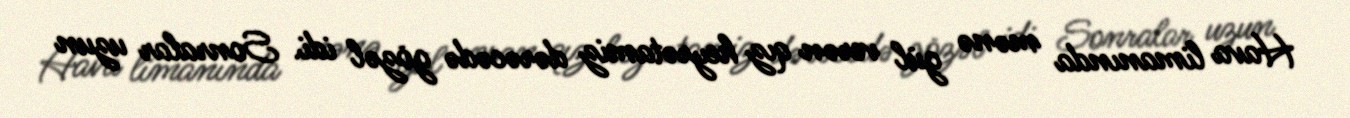
Hava limanında mənə gül verən qız heyrətamiz dərəcədə gözəl idi. Sonralar uzun